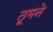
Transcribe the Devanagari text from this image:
तूमने